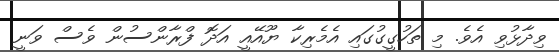
ވިދާޅުވި އެވެ. މި ތަހުގީގުގައި އެމެރިކާ ޔޫއޭއީ އަދޮ ފްރާންސުން ވެސް ވަނީ